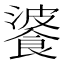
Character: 𩜥